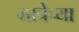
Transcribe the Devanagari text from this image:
मात्रेच्या